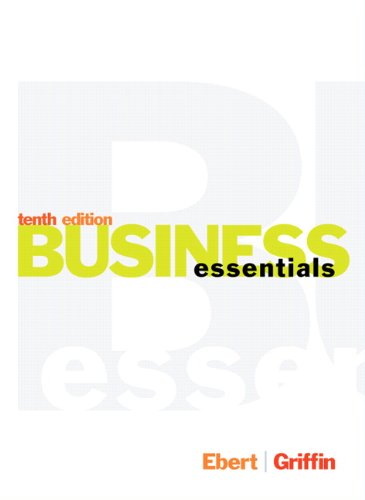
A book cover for Business Essentials (10th Edition); Ronald J. Ebert; Business & Money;